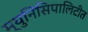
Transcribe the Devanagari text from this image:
म्युनिसिपालिटीत